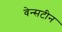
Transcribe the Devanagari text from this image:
वेन्सटीन